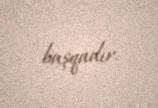
başqadır.